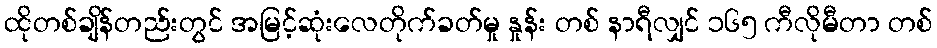
ထိုတစ်ချိန်တည်းတွင် အမြင့်ဆုံးလေတိုက်ခတ်မှု နှုန်း တစ် နာရီလျှင် ၁၆၅ ကီလိုမီတာ တစ်